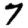
Digit: 7